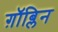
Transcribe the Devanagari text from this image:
ग़ॉब्लिन